Report of the Indian Hemp Drugs Commission, 1894-1895 - Volume II
Year: 1894
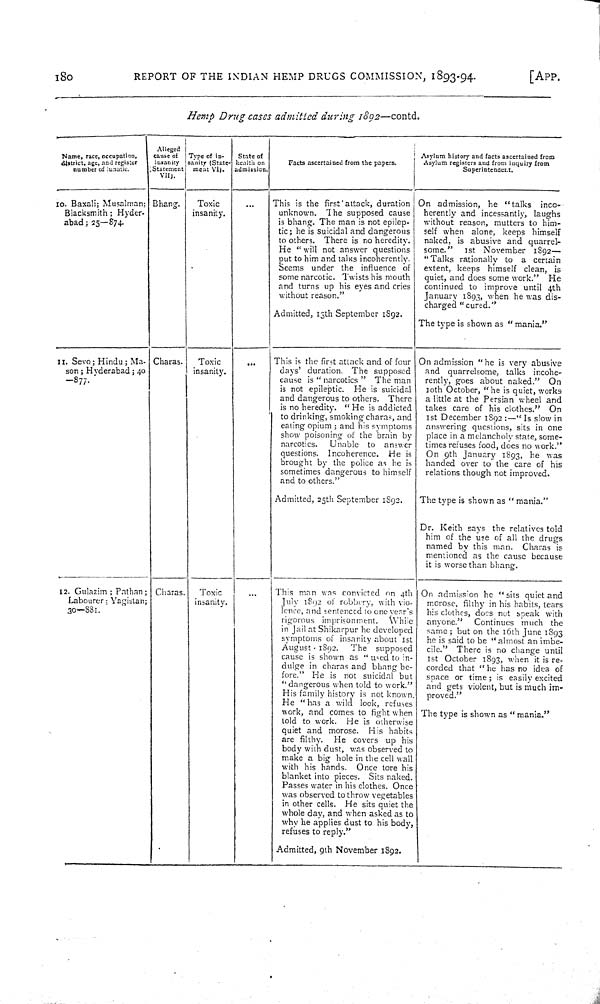
180
REPORT OF THE INDIAN HEMP DRUGS COMMISSION, 1893-94.
[APP.
Hemp Drug cases admitted during 1892—contd.
Name, race, occupation,
district, age, and register
number of lunatic.
Alleged
cause of
insanity
(Statement
VII).
Type of in-
sanity (State-
ment VI).
State of
health on
admission.
Facts ascertained from the papers.
Asylum history and facts ascertained from
Asylum registers and from inquiry from
Superintendent.
10. Baxali; Musalman;
Blacksmith; Hyder-
abad; 25—874.
Bhang.
Toxic
insanity.
This is the first attack, duration
unknown. The supposed cause
is bhang. The man is not epilep-
tic; he is suicidal and dangerous
to others. There is no heredity.
He "will not answer questions
put to him and talks
incoherently.
Seems under the influence of
some narcotic. Twists his mouth
and turns up his eyes and cries
without reason."
Admitted, 13th September 1892.
On admission, he "talks
inco-
herently and incessantly, laughs
without reason, mutters to him-
self when alone, keeps himself
naked, is abusive and quarrel-
some."
1st November
1892—
"Talks rationally to a certain
extent, keeps himself clean, is
quiet, and does some work."
He
continued to improve until 4th
January 1893, when he was dis-
charged "cured."
The type is shown as " mania."
11. Sevo; Hindu; Ma-
son; Hyderabad; 40
—877.
Charas.
Toxic
insanity.
This is the first attack and of four
days' duration. The supposed
cause is "narcotics" The man
is not epileptic. He is suicidal
and dangerous to others. There
is no heredity. "He is addicted
to drinking, smoking charas, and
eating opium; and his symptoms
show poisoning of the brain by
narcotics.
Unable to answer
questions. Incoherence. He is
brought by the police as he is
sometimes dangerous to himself
and to others."
Admitted, 25th September 1892.
On admission "he is very abusive
and quarrelsome, talks incohe-
rently, goes about naked." On
10th October, "he is quiet, works
a little at the Persian wheel and
takes care of his clothes." On
1st December 1892:—"Is slow in
answering questions, sits in one
place in a melancholy state, some-
times refuses food, does no work."
On 9th January 1893, he was
handed over to the care of his
relations though not improved.
The type is shown as "mania."
Dr. Keith says the relatives told
him of the use of all the drugs
named by this man. Charas is
mentioned as the cause because
it is worse than bhang.
12. Gulazim; Pathan
Labourer: Yagistan;
30—881.
Charas
Toxic
insanity.
This man was convicted on 4th
July 1892 of robbery, with vio-
Ience, and sentenced to one year's
rigorous imprisonment.
While
in Jail at Shikarpur he developed
symptoms of insanity about 1st
August 1892.
The supposed
cause is shown as "used to in-
dulge in charas and bhang be-
fore." He is not suicidal but
"dangerous when told to work."
His family history is not known,
He "has a wild look, refuses
work, and comes to fight when
told to work. He is otherwise
quiet and morose. His habits
are filthy. He covers up his
body with dust, was observed to
make a big hole in the cell wall
with his hands. Once tore his
blanket into pieces. Sits naked.
Passes water in his clothes. Once
was observed to throw vegetables
in other cells. He sits quiet the
whole day, and when asked as to
why he applies dust to his body,
refuses to reply."
Admitted, 9th November 1892.
On admission he "sits quiet and
morose, filthy in his habits, tears
his clothes, does not speak with
anyone."
Continues much the
same; but on the 16th June 1893
he is said to be "almost an imbe-
cile." There is no change until
1st October 1893, when it is re-
corded that "he has no idea of
space or time; is easily excited
and gets violent, but is much im-
proved."
The type is shown as "mania."